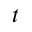
t